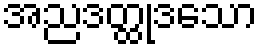
အညဒတ္ထုဒသော